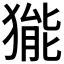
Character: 𤠗